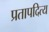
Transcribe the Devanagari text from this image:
प्रतापदित्य